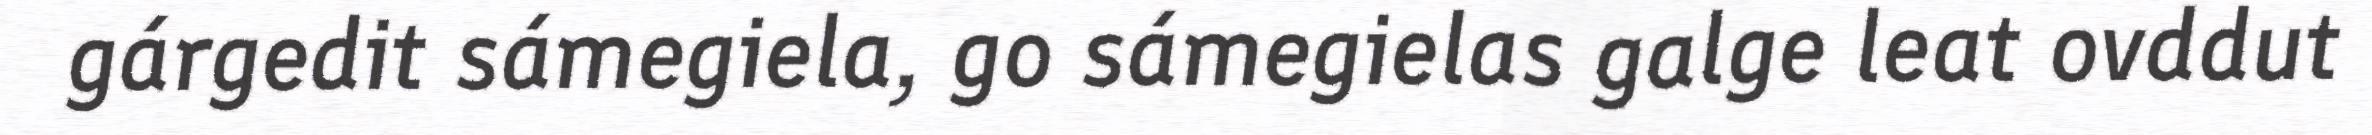
gárgedit sámegiela, go sámegielas galge leat ovddut